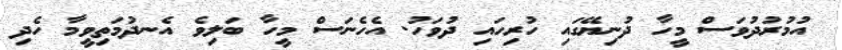
އުމުރުދުވަސް މީހާ ދުނިޔޭގައި ހުރިހައި ދުވަހު. އެހެނަސް މީހާ ބަލިވެ އެނދުމަތިވީމާ ހެދި